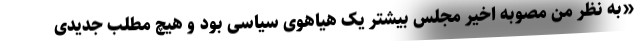
«به نظر من مصوبه اخیر مجلس بیشتر یک هیاهوی سیاسی بود و هیچ مطلب جدیدی